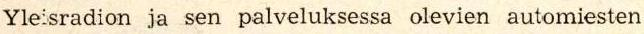
Yleisradion ja sen palveluksessa olevien automiesten